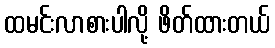
ထမင်းလာစားပါလို့ ဖိတ်ထားတယ်